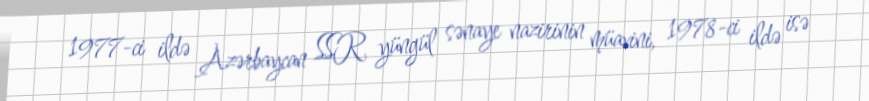
1977-ci ildə Azərbaycan SSR yüngül sənaye nazirinin müavini, 1978-ci ildə isə